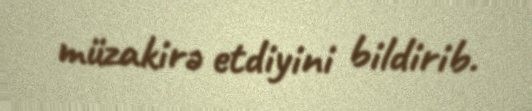
müzakirə etdiyini bildirib.